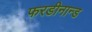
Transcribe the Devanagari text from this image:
फरडीनान्ड